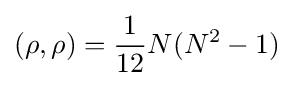
(\rho ,\rho )={\frac {1}{12}}N(N^{2}-1)